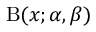
\mathrm { B } ( x ; \alpha , \beta )